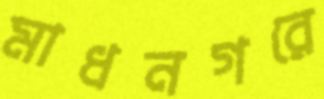
মাধনগরে